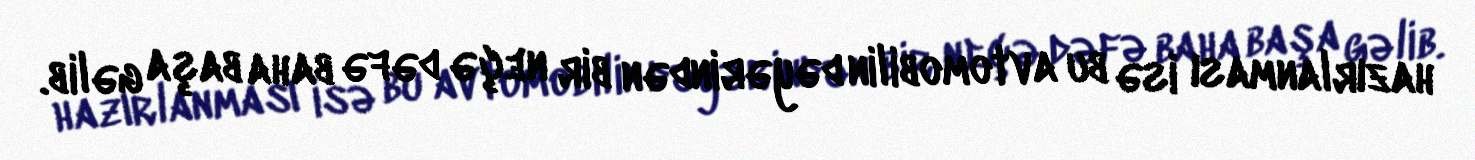
hazırlanması isə bu avtomobilin dəyərindən bir neçə dəfə baha başa gəlib.